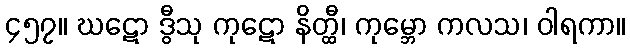
၄၅၇။ ဃဋော ဒွီသု ကုဋော နိတ္ထီ၊ ကုမ္ဘော ကလသ၊ ဝါရကာ။